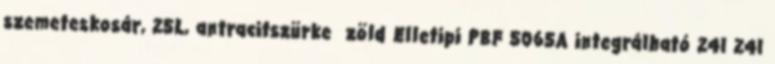
szemeteskosár, 25L, antracitszürke zöld Elletipi PBF 5065A integrálható 24l 24l